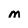
Character: m